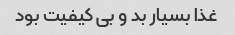
غذا بسیار بد و بی کیفیت بود